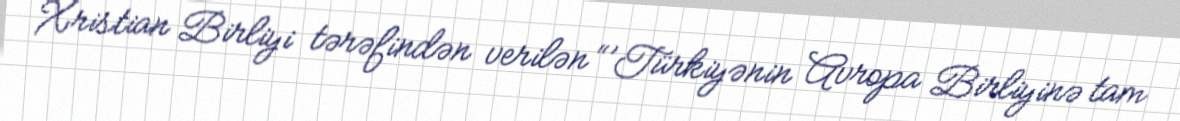
Xristian Birliyi tərəfindən verilən “’Türkiyənin Avropa Birliyinə tam